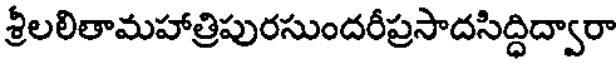
శ్రీలలితామహాత్రిపురసుందరీప్రసాదసిద్ధిద్వారా